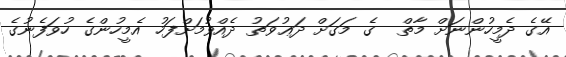
އޭގެ ދެމީހުންނަށް މާތް  ގެ މަގަށް ދަޢުވަތު ދެއްވުމަށްފަހު އެމީހުންގެ ހުވަފެނުގެ